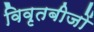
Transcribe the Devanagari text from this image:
विवृतबीजों